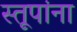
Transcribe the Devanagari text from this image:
स्तूपांना